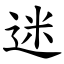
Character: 迷